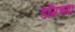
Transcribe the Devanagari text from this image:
डाँगच्या